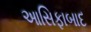
આસિફાબાદ